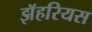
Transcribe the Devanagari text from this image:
झॅहरियस